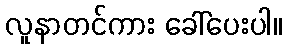
လူနာတင်ကား ခေါ်ပေးပါ။